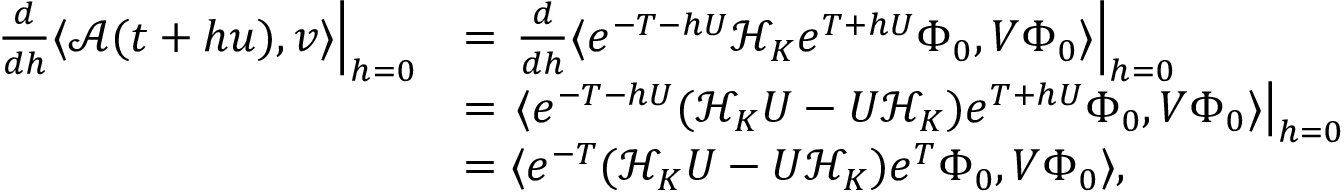
\begin{array} { r l } { \left. \frac { d } { d h } \langle \mathcal { A } ( t + h u ) , v \rangle \right| _ { h = 0 } } & { = \left. \frac { d } { d h } \langle e ^ { - T - h U } \mathcal { H } _ { K } e ^ { T + h U } \Phi _ { 0 } , V \Phi _ { 0 } \rangle \right| _ { h = 0 } } \\ & { = \left. \langle e ^ { - T - h U } ( \mathcal { H } _ { K } U - U \mathcal { H } _ { K } ) e ^ { T + h U } \Phi _ { 0 } , V \Phi _ { 0 } \rangle \right| _ { h = 0 } } \\ & { = \langle e ^ { - T } ( \mathcal { H } _ { K } U - U \mathcal { H } _ { K } ) e ^ { T } \Phi _ { 0 } , V \Phi _ { 0 } \rangle , } \end{array}